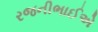
રજનીભાઈએ